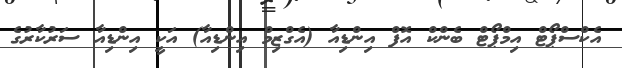
އެކްސްޕޯޓް އިމްޕޯޓް ބެންކް އޮފް އިންޑިއާ (އެގްޒިމް އިންޑިއާ) އަކީ އިންޑިއާ ސަރުކާރުގެ